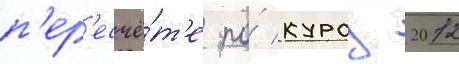
п'ер'есчё́т'е по́ курсу 2012